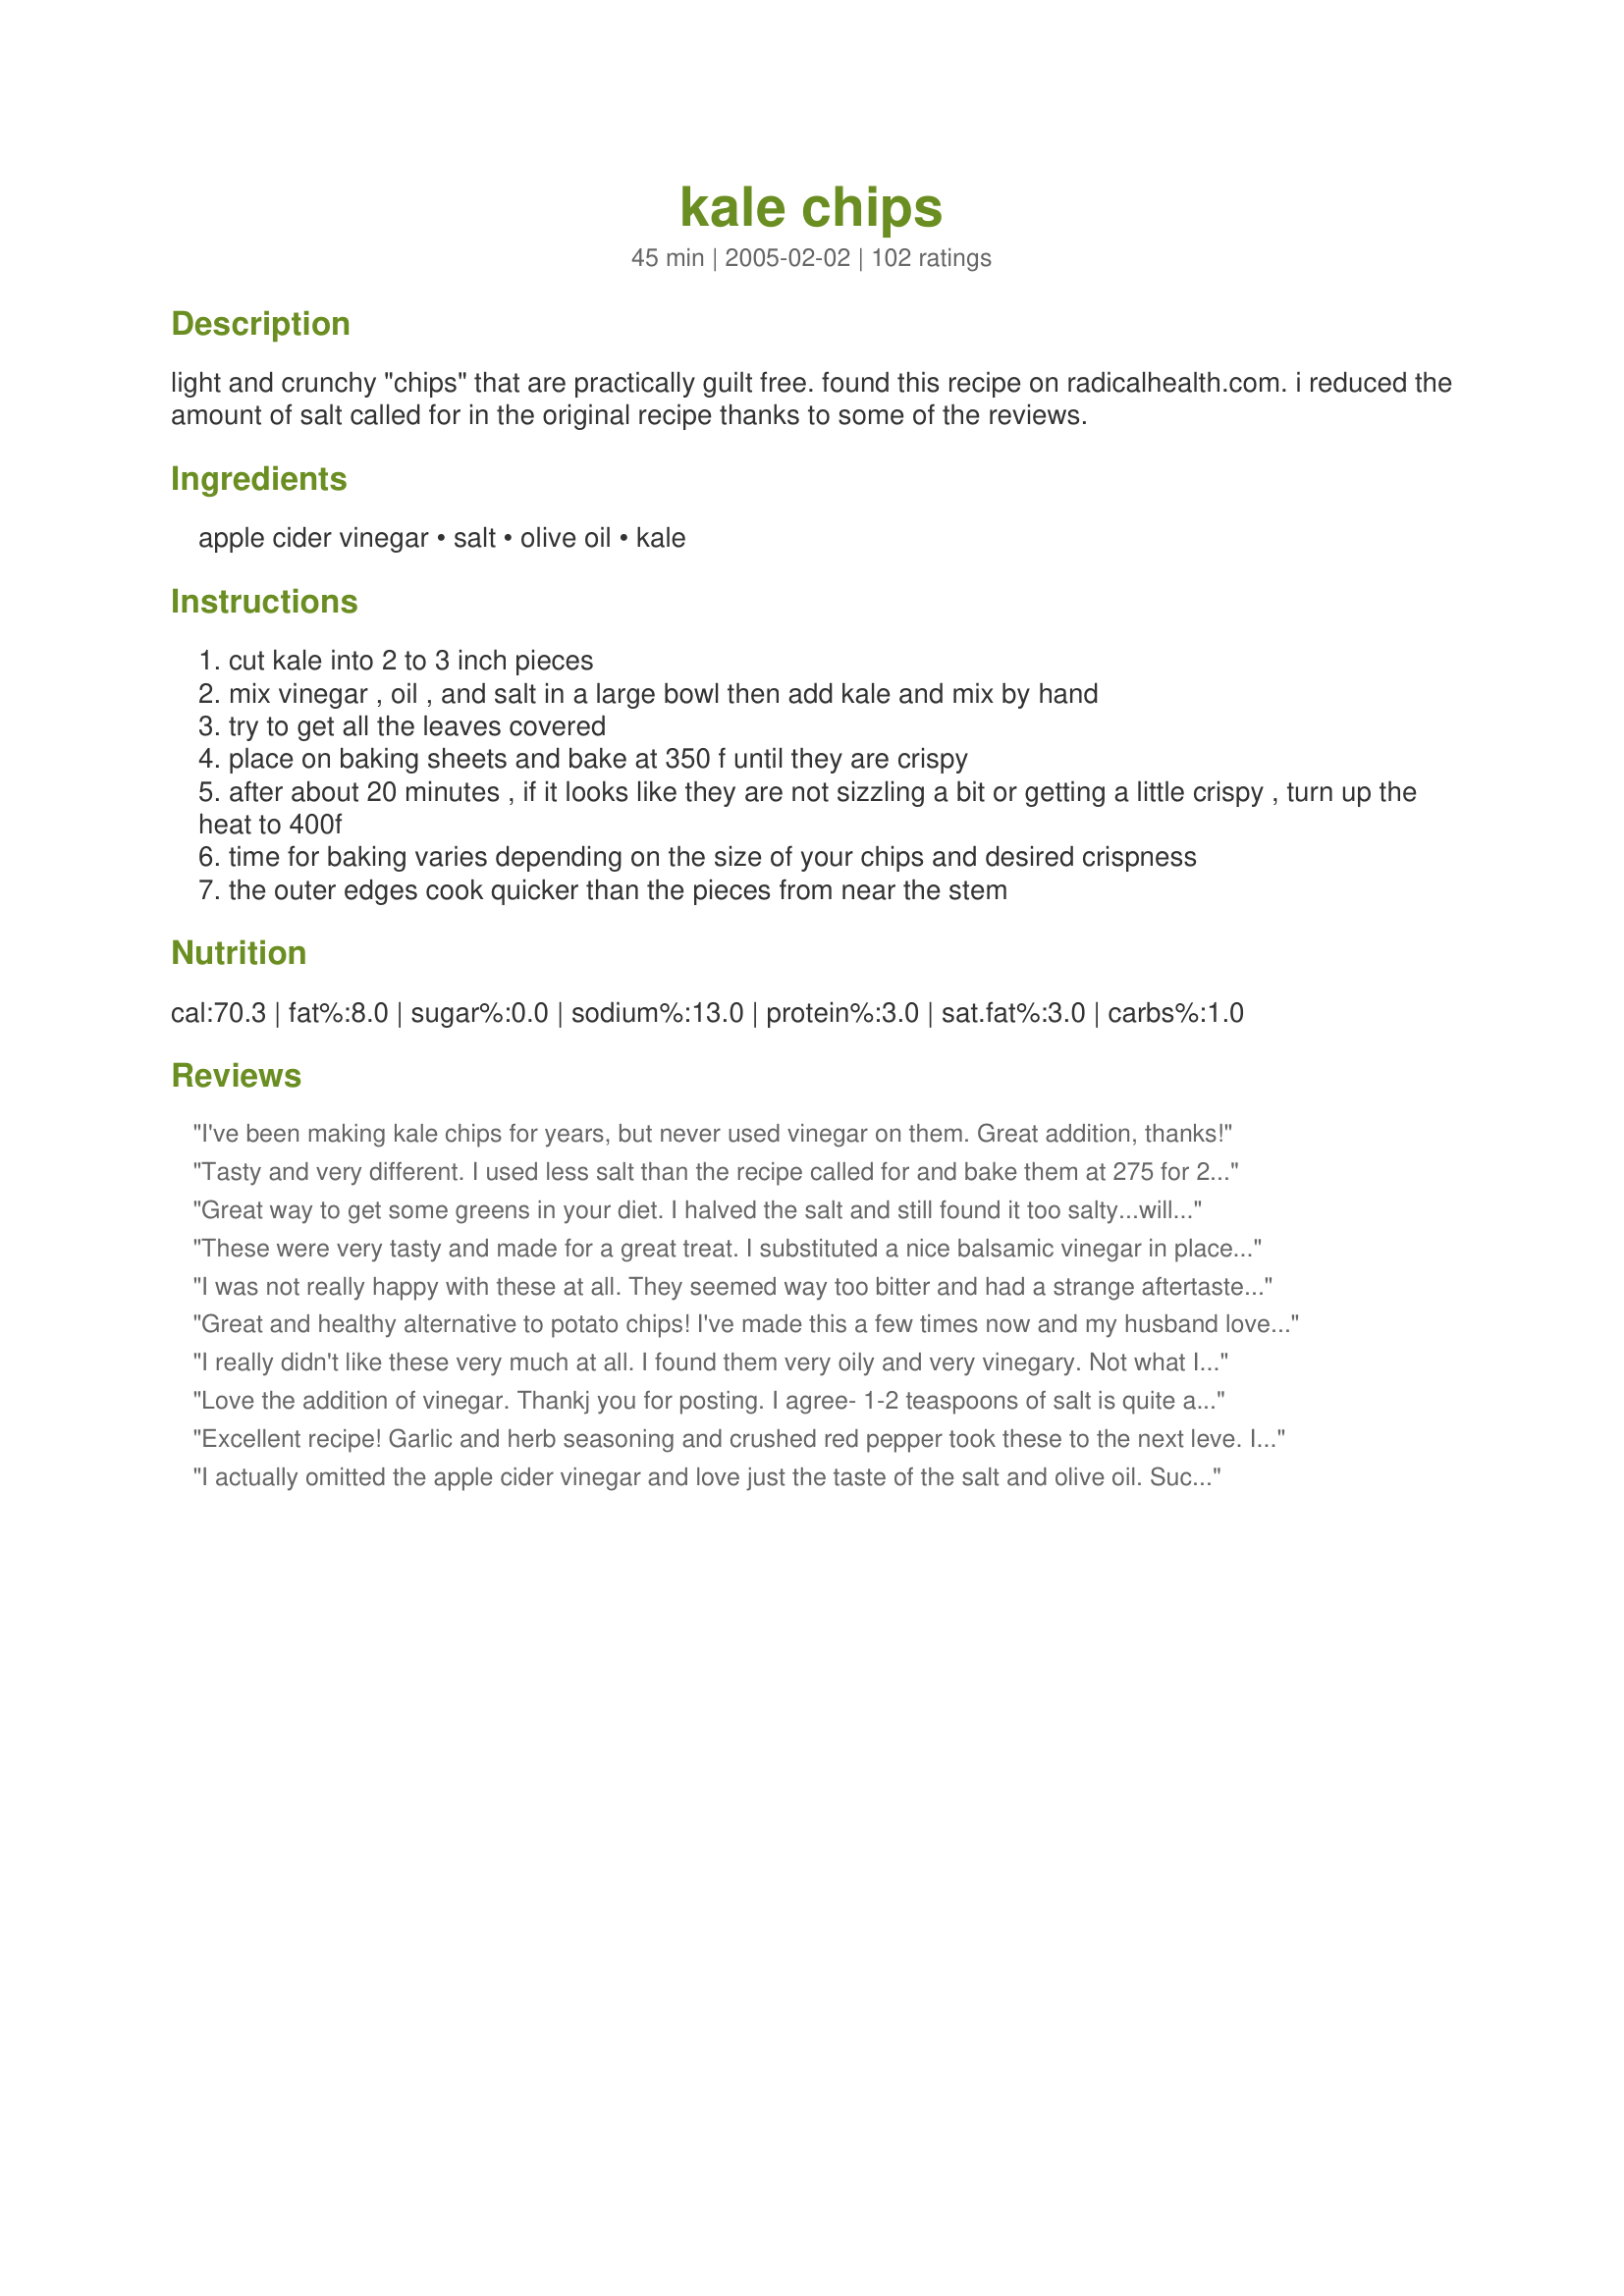
kale chips
Preparation time: 45 minutes

light and crunchy "chips" that are practically guilt free. found this recipe on radicalhealth.com. i reduced the amount of salt called for in the original recipe thanks to some of the reviews.

Ingredients:
apple cider vinegar, salt, olive oil, kale

Steps:
cut kale into 2 to 3 inch pieces
mix vinegar , oil , and salt in a large bowl then add kale and mix by hand
try to get all the leaves covered
place on baking sheets and bake at 350 f until they are crispy
after about 20 minutes , if it looks like they are not sizzling a bit or getting a little crispy , turn up the heat to 400f
time for baking varies depending on the size of your chips and desired crispness
the outer edges cook quicker than the pieces from near the stem

Reviews:
I've been making kale chips for years, but never used vinegar on them. Great addition, thanks!
Tasty and very different. I used less salt than the recipe called for and bake them at 275 for 20 minutes. I will make these again.
Great way to get some greens in your diet. I halved the salt and still found it too salty...will put less next time. My husband crumbled these kale chips over THAI TOFU AND SQUASH CURRY (<a href="/147326">Thai Tofu and Squash Curry</a>) and loved it!
These were very tasty and made for a great treat. I substituted a nice balsamic vinegar in place of the cider. Gave it a nice, sweet touch. Both DH and I enjoyed them and I will probably make these again. Thanks for sharing.
I was not really happy with these at all. They seemed way too bitter and had a strange aftertaste. So sorry. I really wanted to like them.
Great and healthy alternative to potato chips! I've made this a few times now and my husband loves it. I do not always add the apple cider vinegar and once I used rice wine vinegar instead. I bake my batches at 350 degrees for about 15 minutes. I stick close because once I smell the 'toasted' aroma, I know it's ready! I also like to toss around the kale in the last couple of minutes to ensure all the leaves are toasted. I've added variety by tossing in garlic and onion powder, parmesan cheese, and crushed red pepper flakes. I also prefer extra virgin olive oil for flavor and aroma. The flavor varieties are endless with this super easy recipe!
I really didn't like these very much at all. I found them very oily and very vinegary. Not what I was looking for. Sorry
Love the addition of vinegar. Thankj you for posting. I agree- 1-2 teaspoons of salt is quite alot and really not necessary.
Excellent recipe! Garlic and herb seasoning and crushed red pepper took these to the next leve. I brought these to a 4th of July party, and all my relatives loved them! Healthier and more savory than potato chips...I can't stop eating these!
I actually omitted the apple cider vinegar and love just the taste of the salt and olive oil. Such a great recipe for anyone on a reduced carb diet. Definitely fills the need for crispy chips! Though I make it regularly as a snack whether I'm dieting or not.
delish and light!
I used 1 tablespoon of grapeseed oil and 1 tablespoon of rice wine vinegar, baked on the rack at 300 convection for 20 minutes and they melt in your mouth. My friend makes them with olive oil and soy sauce.
Oh my gosh, these are so good!! I used the prepackaged kale and probably only used 1 bunch. I took them out before they were all completely crisped up because I loved the taste. I didn&#039;t salt them in the bowl but shook out some kosher salt trying not to overdue it. Was still pretty salty for me, so next time I will just sprinkle a small amount over the pan after I spread it out. A keeper!! Thanks so much for posting!
I thought the taste was alright, but my two youngest children didn't care for it. I used 1/2 tsp. salt for 1/2 recipe. My oldest son thought it was still too salty. Thanks for the new idea, but I think I'll stick with my usually way of preparing kale.
I am in Kale heaven....keep finding one after another of simple, good kale recipes on this blustery winter day. Usually I like to do beet greens this way, but up til now, never even imagined kale. YUM ~!~
These are tasty little suckers. My three year old and husband loved them. There was not enough to go around. This recipe is getting added to family favorites, I cant wait to experiment with different flavors of vinegar. Thank you
I have mixed feelings about this one. I had to do 2 batches. I burned the first one (20 min was too long), but it was still somewhat edible. The second batch was much better at 15 min. I'm always on the lookout for healthy recipes, so I will probably make it again. They get chewy if you store them so only make what you'll eat that day.
Oh my goodness!!! I loved these!! I fixed one bunch of kale and have eaten on it for three days! Can't wait to make again!!! Goes great for the low carber!!
I'm optimistically giving these a 4.....after having experimented by trying these, I'd say that next time I'm going to cut all the greens off of their stems (not just the large stem part, but the entirety of it) because the middle part just wouldn't dry out by the time the edges were starting to burn. These take spices and seasonings very well and actually DO sort of taste like potato chips (thin ones!), but definitely leave a leafy green after-taste. Overall, I think I'll try these again with different seasonings, de-stemmed, and with a little less olive oil. Thanks for the great healthy snack idea!!
Hi Yogi- tried this today- nice treat- different. I used 2T raspberry balsamic vinager(kitchen smelled good)and 2T oil w/ a sprinkle of salt. They shrink a lot, so you need a good bunch-sprayed the pan with oil spray, clean-up was a breeze.Also- it is very important to pull all leaves off stems. I would make these again when I need a healthy "crunch"-- Oh yeah- my cat couldn't stop steering at me eating these things- Thanks~~LindaSue
I was at the store today, saw some kale, and thought about this recipe. Needless to say, I am SOOO glad I bought the kale. I really enjoyed it. I didn't really follow the directions, I sprinkled the olive oil on, tossed it a bit, then sprinlked on the cider. I did make sure it was well coated, then laid it out and salted with Kosher salt. Really delightful snack. Thanks!!
We tried these from a local Raw restaurant at a Farmer's Market packaged with flavors like Nacho and Curry and were determined to see how they were made. Thanks to Yogi and Recipezaar we can now indulge our Kale Chip cravings without going broke. We took the suggestions of other reviewers and substituted balsamic for the apple cider vinegar and salted after they came out of the oven with a good quality sea salt. The directions don't specify this but you will get the best results if you separate the leaves from the kale stems and use only the leaf part. YUMMY! Thanks so much Yogi for posting this recipe!
WOW, these are addictive!! Who would have thought to cook kale in the oven like that. Tasty and crispy. Next time I will try and season them with something, garlic powder or cayenne. Great recipe.
These were delicious. I ueed fresh kale from the garden. This didn't need ANYwhere near the salt called for in the recipe as far as I am concerned. {{2 tablespoons of salt would do a whole basket of kale}}. Please use your discretion when adding salt for your own taste. I am amazed that as Roosie {another reviewer} stated ... they turn out like lightly baked potato chips. ... oh.. just tooo tooooooo delicious. Thanks for a tasty recipe!... and a healthy one to boot! UPDATE 02/21/2013.. These are still terrific for a snack. Your kale needs to be DRY BEFORE BAKING it. So.. what I do is: the night before I make them I wash and spin dry the kale. I then put it into a new large mesh bag (the ones that you use for laundry or lingerie) and put it in my refrigerator overnight. When morning comes around your kale is nice and dry. I also bake these longer on a much lower temperature to reduce overbowning. I bake them on 275 degrees F and check them after 10-11 minutes and take the crisp ones off while allowing the others to remain on the cookie sheet to be baked a little longer.
five stars if the original recipe didn't call for SO MUCH SALT. I only used 1T and found it to be unbearably salty. Honestly, if you need THAT much salt to make something edible, you probably should stop trying. Otherwise, love this recipe (will drop the salt down to 1 tsp. next time). also used dino/black kale.
If you consider you're eating kale, this is really good! It has a nice crunch, but it can be bitter and ashy. Here is what I did to help. I used 1/2 TEASPOON of sea salt and that was plenty for me. I also had the oven at 375. The younger and smaller the leaves, the better tasting the kale will be. Those huge old leaves are nasty. Spread the leaves out intead of piling them on top of each other. I also made some with Tony's Cajun Seasoning sprinkled over them before baking. I liked the taste, next time I think I am going to try a little hot sauce mixed in. The kale can handle it! Thanks for the recipe! I think I'll be experimenting with it for a while.
These are great. My dh and Picky 5 year old both loved them, My son said they were "nummy". I will be making these again!!
Too salty still with the lower amount of salt, but otherwise wonderful! Popped them in the food dehydrator at 115 degrees for the afternoon, and they were perfectly done.
My husband and I absolutely loved this recipe. I only had one bunch of Kale, so I cut back to 1 tsp of salt but used full amounts of the other ingredients. Just because of his personal preference I will cut back a little more on the salt (I personally thought it was great). Loved the flavors and texture. I did over bake mine a bit even on 350, that was my own fault (and my oven bakes a little hotter) and it still had great taste, I just need to be more careful next time because over baking does make the Kale a little bitter. We will definitely be making this again with 2 bunches and have plans to add this to our garden this year if possible! Thank you for a great, healthy recipe! Can't wait to have this again.
Addicting! Ate most of the batch straight from the oven.
I was a little skeptical as I started this recipe but all the positive reviews intrigued me.
These are so interesting... and yummy. I used balsamic vinager and about a tsp of salt. Still too salty. Someone described these as having the texture of ashes- so light they fly away. True, but who knew ashes could be so tasty (not that I've ever eaten ashes...)!
Wow! I had no idea these would come out so crisp. There is no need to run for a bag of potato chips again. These definitely satisfy the need for crunch and salt. I used much less salt than called for and would still reduce it even further. Quick and easy snack. I will definitely try playing around with other seasonings as well.
I'm not a huge fan of kale so when I got some for my CSA, I figured I'd try this recipe. It is a very simple recipe but in the end, it's still kale. Mine turned out VERY salty - mental note: use regular salt next time, not kosher - and some didn't crisp up where I had them piled to thickly but in the end, these chips were a nice way to use something that normally would have ended up going bad and taking a trip to the compost pile. I won't be rushing out to buy any kale but the next time I get some from the CSA, I know which recipe I'll be using.
How are these "guilt free"? They taste decent; that's no question... but just because something has kale doesn't make it healthy. Kale has a lot of vitamins in it, (that you can also get from taking a multivitamin, but this is high in fat, (and calories for the amount,) and low in protein. Might as well take broccoli, drown it in cheese and call that healthy. <br/><br/>This isn't guilt free by any means, but if you're sick of potato chips, it's a good alternative.
I took other reviewers' suggestions and used 1 1/2T of vinegar, just a sprinkling of salt both before and after roasting, and took care to remove all of the stems. I doubt I looked very lady-like while eating this but it certainly was delicious and I'll definitely have it again. It just won't be in front of company.
I did have to change this a little for our tasts- I more than doubled the vinegar and 1/2ed the salt. After that- 5 STARS! It didn't taste like what I expected and was not really impressed at first. Then I looked down and saw that we ate the whole thing! Another brilliant way to eat more of this superfood!
Surprisingly good! I also baked at 300 for 18 min. I will be making these often.
Unexpectedly good! Kale is one of those "super foods" that I've been trying to incorporate more of into my diet. Unfortunately, the bunches sold at the store are so big that I had to find some alternate uses (besides salads) before the kale went bad. So glad I found this recipe! I didn't use anywhere near as much salt as the recipe called for and they were still a little too salty so I will adjust next time. I will probably also try to experiment with other seasonings. These were so delicious I couldn't stop eating them... they never even made it to a serving bowl!
These are fantastic! What a great way to get kids to eat their veggies! My 20 month old (picky eater) toddler couldn't stop munching on these, he ate a huge bowl full!
I am so hooked on this recipe! It is the BEST recipe for "healthy" snack food I've ever tried. I've made it 3 times now, and it's the only thing I ever want to do with Kale when I get it! My ultimate proportions are: 2 tbsp Olive Oil, 2 tbsp Apple Cider vinegar and 1 tsp of salt (and I am a salt-a-holic, so that probably could be lessened!) 

Thank you for my new all-time favorite snack!
Oooohhh! Yummy, light, crispy, delicious kale! I had no vinegar, so I used lemon juice instead. Next time, I'll leave the salt out in the beginning and will simply sprinkle salt on afterwards as my "chips" were too salty with about 3/4 tsp. of salt. I was sauteing up some zucchini at the same time and ended up crumbling some the of the kale chips on top zucchini -- amazing! The crumbled kale would be a great topper for many things -- cottage cheese, salad, etc., but the chips are delicious all on their own. Too bad they're not more attractive! Thanks for a wonderful, creative recipe.
Kale chips are so delicious! I couldn't taste the vinegar (and did use quite a bit more) - but they were still great. They work as a snack or even as a veggie side dish!
Really interesting almost melt-in-your-mouth texture to these with an intense dark "green" flavor. I found that I would have liked a little more vinegar flavor, but I think had I chopped it up a little smaller that would have helped. Be especially careful with the bits near the stems - when cooked thouroughly the texture will be like the airiest potato chips ever, but when undercooked, rather chewy. I used no where near the amount of salt called for, so be sure to use your discretion for that. A great healthy snack and lovely unusual way to use up those super-nutritious greens.
AMAZING~ These are so so so good. Great alternative and easy to do.
We make these regularly, and often for company. Instead of apple cider vinegar I use balsamic vinegar, as it gives the final product a light sweetness. 
Also I use only about a 1 tsp of salt on the front end and salt the chips as they come out of the oven. 
Great snack or side to a sandwich, instead of potato chips.
Thank you for posting this recipe. I've made 3 batches in 3 days. I cut back the oil each time and I don't need any salt. It's absolutely delicious!
Good and good for you! It's a whole lot healthier than oil drenched potato chips. I have an electric stove and had to tinker around with the oven temps but, I found that 300 F cooked them evenly and crispy without over cooking the outer edges. I'll definitely make these again. Thanks!
I wasn't totally bowled over by the taste, but appreciate this for being a good, healthy recipe. I reduced the salt and still found it way too salty - will try it again with zero salt and then just sprinkle as needed. 300F for 22min worked well for me.
I just tried these for the 1st time and they are excellent! I'm always craving salty, crunchy snacks (potato chips), and these make a great replacement. Try them with Old Bay seasoning. Awesome!
Wow! This is surprisingly good. It certainly didn't taste like potato chips but the truth is the crunch is just about as good! Be careful about the salt but add a little extra vinegar! Try this, you might be surprised!! Thanks so much Yogi!!
I thought this was a great idea but my chips were extremely bitter. I don't know if kale is like eggplant, which has to be very fresh or else it gets bitter as it sits. I will try this again and make sure my kale is absolutely fresh and I hope to get a better result.
Wow, these are so good! I had some Italian dressing to use up and since it basically has the same ingredients, I tossed my kale in the dressing. I only used one bunch of kale, hope my DH gets home soon before I eat all. This is a wonderful recipe and the spice options are limitless. I love this recipe. Thanks yogi
What a WONDERFUL idea! The vinegar makes for a great taste. FANTASTIC snack! Eat like popcorn while watching a movie - but be careful as it's a bit loud and requires some technique to avoid a mess!
I'd like to know how large a 'bunch' this recipe is based on. I used ONE bunch (typical size at our farmers' market) and had too many 2" squares for any bowl in the house. So I mixed them with the vinegar, oil, and salt in a big restaurant pan, and baked them in an even bigger one (almost 30" long and maybe 4" deep). This was my second try at this recipe, and to avoid the burning I experienced the first time, I set the oven at 300 and checked/shook/stirred them every ten minutes. I lost track of how many times I did this, but it took at least an hour. At that time, the 'chips' fit the pan in a single layer. They're great! Next time think I'll mix and bake in the same huge pan.
These are tasty...I used 2tb oil and 1tb vinegar plus I waited till I took them out of the oven to salt. I also used Pam to keep them from sticking. I only cooked them 15 min at 350 degrees and they were perfect.
Tried 300 for 20 minutes. Otherwise followed recipe. My 12 yr old son and 5 yr old daughter both came back for more. They are not very adventurous when it comes to veggies so I expected them to turn up their noses just looking at it. Shocking. Will repeat often.
My daughter and I loved these kale chips and ate the entire container in three days! I reduced the salt by quite a bit and substituted balsamic vinegar (which was quite tasty) because I was out of apple cider vinegar. I&#039;m sure these are going to be a staple at our house.
This was an interesting treat for us. Five stars because the recipe turned out just as written. I think for next time, we will try less salt and a more vinegar flavor. Maybe balsamic vinegar? It was a very nice side to our vegetable panini sandwiches. Very unique. Half of the recipe was more than plenty for two of us. Thanks for sharing.
Wow! I only had 1 bunch of kale to cook because when I buy kale my husband gets scared! So far he has only liked Prussian Kale #100200 and I have tried many different ways to fix it! But I tried it, even though he was less than excited about it. My 3 year old dd and I enjoyed some and dh simply said "It doesn't look appetizing." But apparently he decided to try some because he came out later, kind of hanging his head, saying "actually, it's good!" These taste like potato chips with a slight bitter taste every now and again. I used more vinegar then called for (and a little less oil) but I think I will up it even more next time. And I liked adding the salt after they cooked. Yummy snack, and a good way to get that healthy kale into reluctant people!
So, I'm conflicted on the amount of stars. I only made ONE bunch, but not all of them were crunch. They all seemed to be crunchy on the ends, but slimy in the middle. The flavor was good. But I don't know how to make them more consistently crunchy.
Pretty good, but I can't eat too many of these, or I get sick. :(
These were tasty! Sadly they did not keep at all for me and got soft pretty quickly, even after crisping them up really well. I guess I need to try it again and try to dry them out even more? Or just eat it all in one sitting..not that there's anything wrong with that! ;) Thanks!
The neighbors (and gardening pals) were quite impressed with these. Heeding the warning about the saltiness, I used half the salt at the start, and even then they were borderline being too salty. The boyfriend came home and polished off the rest! Something about when salt mixes with kale, a seaweed flavor comes out. Great snack!
I usded to make it and forgot about it for a while. Now it's back on the rotation. I didn't use vinegar before but really liked that addition. Allso I find the Italian pointed black (dragon) kale crisps up better and is not as bitter. Thanks for reminding me!!
Excellent snack or appetizer. These were as addictive as potato chips! I made them for my sister and my husband and they both loved them as well.
Ok, so this just didn't turn out for me at all. I did modify a bit following another recipe that I like a lot which might have contributed, so I'm not going to give a star rating. I think that the temperature was just too high though as they all burned.
SALTY SALT KALE CHIPS WITH SALT. I put in half the called for salt, and it was still barely edible- had to give to a salt loving friend! But I will make again, a very creative and yummy use of kale.
I had such high hopes for this, and I am sorry to say it fell a bit flat for us. It was very crispy, yes, salty, yes, good combination of ingredients, but still kinda bitter, it reminded me of ashes in the fireplace after you burn paper..you know the kind that are so lightweight they fly around the room? Not to mention, the house took on a very bitter, kale smell. Not a winner for us.
I was hoping that this would be as great as described. It's not. Kale is bitter and the bitter flavor stays in the chips. They're way too light and leave a funny taste and texture in my mouth. I've heard they taste like potato chips, did those people really use kale?
These are good. They are different for sure, but they are definitely crunchy. I added garlic powder to mine after baking to boost the flavor. I think parmesan cheese would be a good after-baking topping too, in a small amount. Barbecue seasoning would be good also! They probably won't satisfy a potato chip craving, but they are good all by themselves. I will make these again. Thanks for sharing!
I thought this was good and will use it again. However, I burned half of them and followed the recipe. Next time I will cook them on 300 for 15 minutes.
These were such a nice suprise! I LOVED THEM! KID'S LOVED THEM! I added a little garlic powder. Thanks so much for sharing such a healthy & great tasting recipe!
Delicious! I couldn't believe how addictive these are. I am sure they will all be gone tonight:) I baked them at 300 degrees for 20-30 minutes, checking them every 5 minutes or so near the end of the cooking time, as some cooked quicker than others. I also just sprinkled salt on them instead of measuring out 1 tsp as that seems a lot. They turned out perfectly and I loved the tang of the vinegar. I can't wait to make them again!
I really enjoyed these. I added 2 1/2 tbls balsamic vinegar and 2 tbls olive oil and sprinkled with salt. I also added more salt after baking. Will definately be making these again. By the way, ate them all as soon as they cooled down!
Delicious and Easy!!
We just tossed the kale in olive oil and sprinkled it with kosher salt and baked at 350 for about 25 minutes. My 16 month old and 3 year old love them!!
I had Kale growing in my garden and wanted to find a healthier snack food while using my Kale and was pleased to find this recipe. I too increased the vinegar and cut back on the salt. Used the parchment paper and had no trouble with sticking. The flavor took a little to get used to but after a few bites it really grows on you - and hey, the health factor is major. Don&#039;t think it quite replaces potato chips but like that it still fills you up.
I agree. Too much salt for my taste. Make sure you don't cook them too long. I accidentally roasted them for 25 minutes, and I got burnt kale! On the next batch, I substituted the salt for Cajun spices, and it added a nice spicy flavor. Great way to get those greens!
I made these but I used half the salt and half of the vinegar! And make sure to remove every bit of the spine and stem, from each kale leaf because it will become like thin, hard skewers...which are very unpleasant to eat! I love this recipe! This tastes very much like broccoli to me! A very healthy guilt-free snack!
Not a fan! Most of the reviewers said that it would be like a chip... but it was just crisped, seasoned kale. Someone mentioned that it was like the wispy piece of burned paper that floats away from a fire. That's EXACTLY what the texture is like. And unless you LIKE vinegar chips, the vinegar on this was unappetizing. I agree about the salt, though... if you're going to try this yucky recipe, cut down on the salt. I added just a few pinches of salt.
I love this idea for kale! I used 1/2 t. salt (next time 1/4 t.) & 2 T. EVOO, plus 1 T. vinegar. I think I will cook them for 15 minutes next time. They were a little burned at 17 minutes.

I will use these chips as a snack but also as a substitue for bacon in recipes. They reminded me of bacon--the saltiness.

Thanks for a really innovative way to use kale!
These were great! I did have to make them twice to get the desired effect they never got crisp the first time and I have no idea what I did wrong - but when I tried to make them the second time they worked fine, used recipe as posted. I did use a lower temp and we added some sea salt, yummy!
These are very good; I love kale so was pleased to find this recipe. I doubled the ACVinegar to 2 tbs and used 1/2 tsp salt... we can't quit eating them!<br/><br/>One thing I found alarming - I didn't use parchment paper my first batch, and found that the combination of vinegar, salt and oil stripped the non-stick coating off my cookie sheets when I used a spatula to lightly scrape the (easy to remove) chips off! I'm more concerned about the health risk of accidentally eating some non-stick coating (my kids especially) than I am about the beauty of my old cookie sheets - but it might be something for future cooks to keep in mind! Parchment paper is our buddy!!!
Good base recipe. I did 1 big bunch of Kale and did 2 TBS of Olive Oil and 1 TBS of apple cider vinegar. This is a great recipe to start with if you haven't made Kale chips before. I'm not sure how much salt I added, I put some in the 'dressing' and I put some on when I took the Kale out of the oven, Mine turned out perfect. Yay!
OK - this recipe made me buy Kale for the first time. I enjoyed it. It's one of those things that I found myself going back to the kitchen for. I reduced the salt, as others suggested & think I will reduce it just a touch more next time. I did notice, however, that the chips weren't as crisp the next day after being in a tuperware container. Perhaps next time I will leave the lid slighly open. Thank you very much for sharing - I just love guilt-free snacks!
Great way to use up the glut of kale we have right now. I don't know how much a "bunch" usually is so I used one pound. It was way too oily with 3 tbsp oil and not quite as salty as I would like with 1 tsp salt (but I like things salty). Will try to cut the oil a bit next time!<br/><br/>Oh - and if you use different kinds of kale, expect different cooking times. The delicate Redbor was burnt to a crisp by the time the more robust Vates was still chewy. So separate varieties!
These are great! I've made them several times and have found that a lower heat (i baked them at 300*) for approximately 10 minutes makes them crispy, any longer and they start to burn. Also, i don't add the salt until they come out of the oven, and then a sprinkling is plenty. Thanks for the great snack idea!
These are outstanding! I have made them several times as we have A LOT of kale in the garden. They taste so good sprinkled with salt. I have also tried adding grated parmesan cheese about 15 minutes before they come out of the oven. Last night I made a pan, sprinkled them with salt and added brewer's yeast flakes, which was also good.
I had to review again to add that I made these again, and did use less salt, but also added a couple of tsp of sugar (splenda actually). Made it taste more like crispy fried seaweed, and I'm hoping it will help for those who find it bitter. HTH!
DEEEVINE! As a salt-a-holic, I didn't heed your warning, but should have. My second batch with less than half the salt was perfect and now I have a new staple for my movie viewing pleasure. Light and crispy with a great flavor. Thanks, Yogi and sorry about the picture; I have a lot to learn regarding photography!
I think this was a very good recipe. I don't have Kale very often because I cannot afford it but it is such a good healthy vegetable. Luckily, it is in season at the vegetable stand that I go to and I can get it pretty cheap right now. I think I must have done something wrong though when I made this. I only added a little bit of kale (about 1/2 bunch) because I did not want to waste too much in case I did mess up. I am not the best of cooks. Also, I live in a bus and use an rv stove so it is really small and it cooks faster. We are still trying to figure out how to adjust the temperature. It always cooks things too fast. It aggravates my husband because he is always burning stuff and he is an excellent cook and before we had this stove he NEVER burned anything. Anyway, I may have also used too much oil because I could not find my measuring spoons. I did use virgin olive oil and I did not have white wine vinegar so I used balsamic vinegar instead. I sprinked salt (not much) along with garlic powder and onion powder before putting them in the oven. I do like the idea also of maybe adding parmesan (probably right before they are done so it does not burn---that would give a little extra flavor too). I wanted to make this as a healthy snack for my 1 year and 2 year old since they like pretty much everything. I started cooking the Kale on 200 degrees (again I have problems with my oven) and the Kale was getting all mushy (just some tips were getting crispy). So I then turned the temperature up to 300 degrees and I think I burned it. I tried giving to the kids both ways but they kept spitting it out. I actually like it alot (I do like bitter tasting foods though and it tasted that way because of it being burnt). So needless to say I will have to tweak this recipe (maybe add some more seasonings (possible cajun or something---my kids do like spicy foods) and then keep adjusting my temperature on my stove until it turns out just right. Once I do I will post again on here.
I made these in the hopes that 13 m/o DS would enjoy them (he can't really handle greens yet) and enjoy he did! He had a ball making a crunchy mess and in the process ate lots of healthy kale! Woohoo! I echo everyone else that the salt is waaaaay to much...next time I will sprinkle with kosher salt after baking. I also decreased the oil quite a bit. The cider vinegar is a really nice touch...I will definitely add more next time. Thanks so much for posting; this is a great way to get greens into a little one! Made for Healthy Choices 2008.
I tried this recipe over the weekend. It was great! I mixed up the oil and vinegar amounts, but I think it worked. They didn't stick to the pan, and the vinegar flavor was just right. I also only sprinkled the kale with a small amount of salt. This is a great way to eat your dark, leafy greens- thank you!
I forgot to mention - it really helps if you rotate the baking sheet half way through. That way they bake evenly.
I tried this with 1.5 T vinegar and just about a teaspoon of salt and it tasted GREAT. Just a liitle too oily, I'll use less next time, maybe 2T (I had about 2 cookie sheets worth of kale leaves). I never would have imagined how crispy and airy these got!
I love these. Even my husband who is skeptical about healthy food likes them. I added some other seasonings to them also.
These are sooooo good! Really taste like Lays original chips! I swear! BUT, I don't know how to store them...anyone else know?
I love the kale chips. I used balsamic vinegar instead and sprinkled a little salt after they were dry. I also baked at 300 degrees for 20 minutes as recommended by another reviewer.
As written, this is 4 stars, with slight mods this is 5 stars! I used 2 tablespoons apple cider vinegar & 2 tablespoons olive oil. Then I baked them at 300 degrees for 20 minutes. Unlike some others who described a burnt ash taste, we did not experience this at all! It sounds like others burnt theirs. As long as you keep an eye on them and remove the ones that look "done" and keep the oven temp lower, they will be fine. Also I only used 3 shakes of the salt shaker on the whole batch... which is maybe 1/8 teaspoon. 1-2 teaspoons would be way too much for us!
Fine. Way too salty as shown but I tried making a second time. They are crisy but when I find I need salsa and sour cream to make me really want to eat them (slightly bitter taste otherwise), why exactly go to all the effort.
Very oddly good! I wasn't sure what to expect due to the mixed reviews. But these were great! I am on the South Beach, and they are a great replacement for potato chips etc. Really good! Next time I am going to make a double batch!!! Thanks!
These are very good, but two tablespoons of salt is way too much. I would recommend sprinkling the kale leaves with salt and other seasons after placed on the baking sheet.
I don't know what I did wrong, but my chips got really burnt really quickly. I followed the recipe and baking temp as stated and I omitted the salt and after only 7 minutes, all of the little kale bunches were shriveled up and burnt. It actually set off the smoke detectors in my house. I will try it again tomorrow and in the meantime, if anyone can tell me what I did wrong, I would love to know so I don't waste more good kale and so I can re-rate this recipe with a lot more stars. :(
I just used a bit of olive oil spray, and seasoned with salt and Stevia. I baked for 15 min batches at 375.
